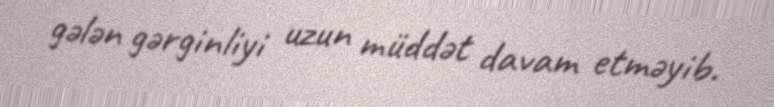
gələn gərginliyi uzun müddət davam etməyib.